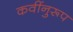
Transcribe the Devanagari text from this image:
कवींनुरूप